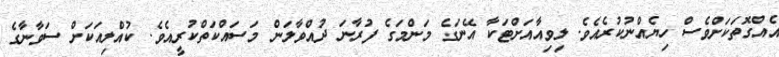
އެއްގޮތަކަށްވެސް ހިޔެއްނުކުރެއެވެ. ލިވިއާއަށްޓަކާ އޭނަގެ މަންމަގެ ފުރާނަ ދުއްވާލަން މަސައްކަތްކުރީއެވެ. ކުއްލިއަކަށް ސަވާނާގެ